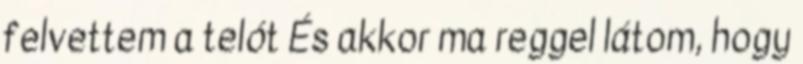
felvettem a telót És akkor ma reggel látom, hogy